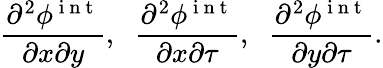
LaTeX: \frac{\partial^{2}\phi^{\mathrm{~i~n~t~}}}{\partial x\partial y},\; \; \frac{\partial^{2}\phi^{\mathrm{~i~n~t~}}}{\partial x\partial\tau},\; \; \frac{\partial^{2}\phi^{\mathrm{~i~n~t~}}}{\partial y\partial\tau}.